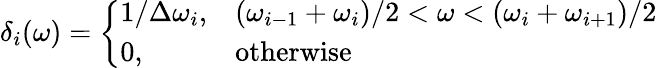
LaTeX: \delta_{i}(\omega)=\left\{ \begin{array}{ll}{1/\Delta\omega_{i},}&{(\omega_{i-1}+\omega_{i})/2<\omega<(\omega_{i}+\omega_{i+1})/2}\\ {0,}&{\mathrm{otherwise}}\end{array}\right.